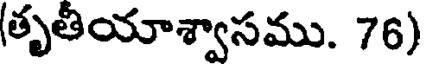
(తృతీయాశ్వాసము. 76)